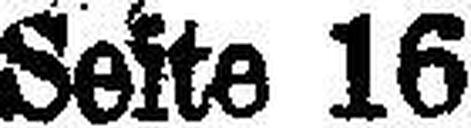
Seite 16